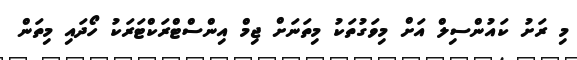
މި ރަށު ކައުންސިލް އަށް މިވަގުތަކު މިތަނަށް ޖިމް އިންސްޓްރަކްޓަރަކު ހޯދައި މިތަން